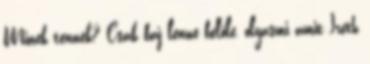
Minek tennék? Csak baj lenne belőle, olyasmi amit Ireth